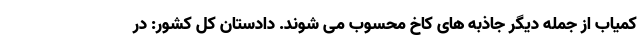
کمیاب از جمله دیگر جاذبه های کاخ محسوب می شوند. دادستان کل کشور: در